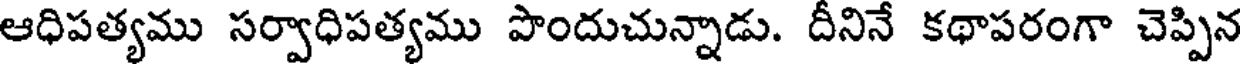
ఆధిపత్యము సర్వాధిపత్యము పొందుచున్నాడు. దీనినే కథాపరంగా చెప్పిన